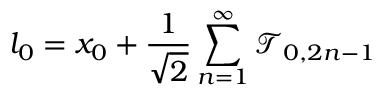
l _ { 0 } = x _ { 0 } + \frac { 1 } { \sqrt { 2 } } \sum _ { n = 1 } ^ { \infty } \mathcal { T } _ { 0 , 2 n - 1 }